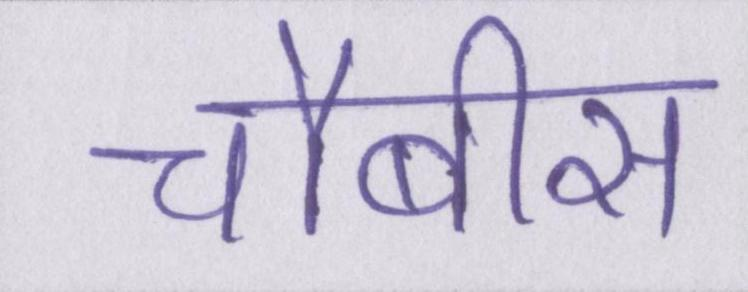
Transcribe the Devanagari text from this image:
चौबीस